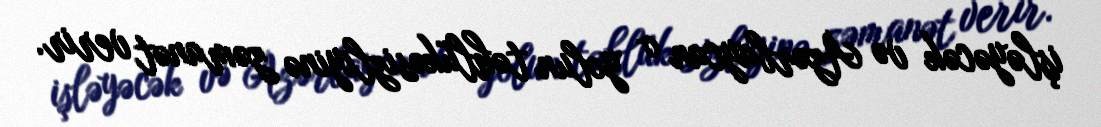
işləyəcək və Azərbaycan o yolun təhlükəsizliyinə zəmanət verir.